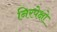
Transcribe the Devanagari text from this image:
निरपेक्षो